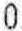
0